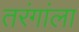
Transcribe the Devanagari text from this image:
तरंगांला